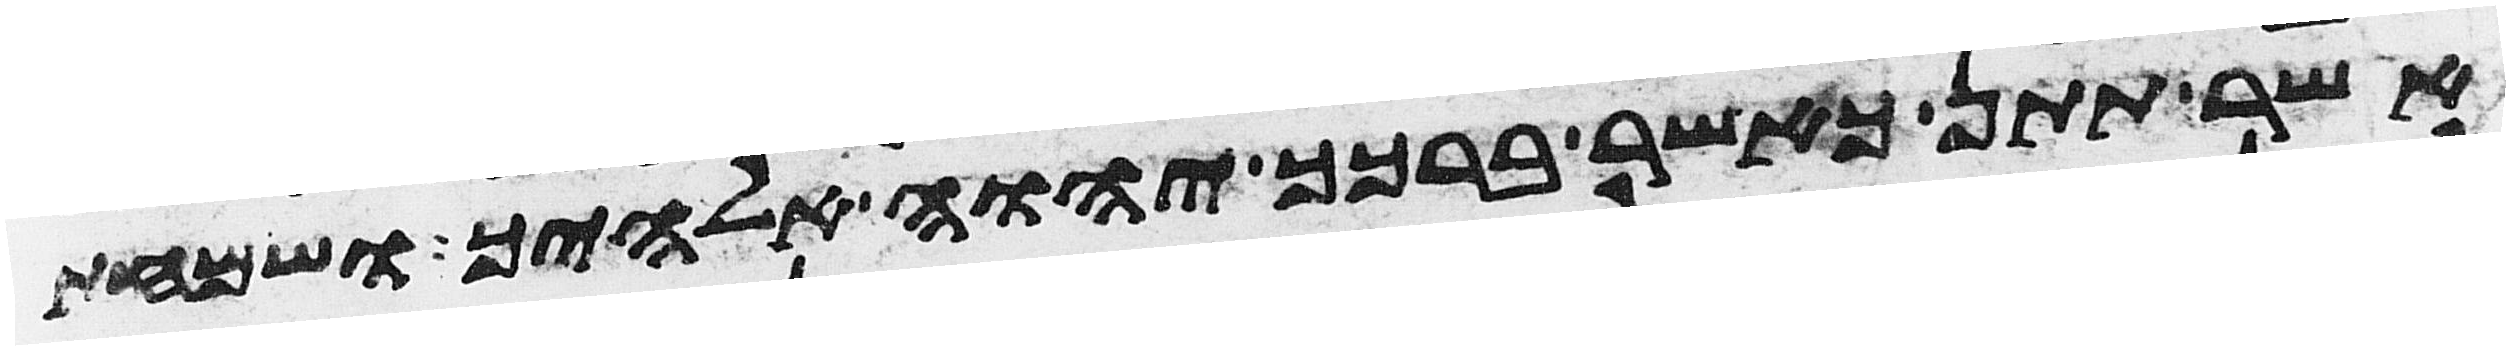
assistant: אשר תתן כאשר ברכך יהוה אלהיך ושמחת